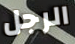
الرجل